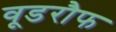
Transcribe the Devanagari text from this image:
वूडरौफ